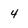
Character: 4